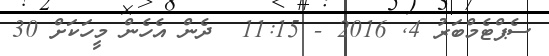
ސެޕްޓެމްބަރު 4